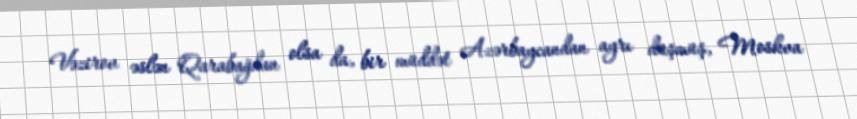
Vəzirov əslən Qarabağdan olsa da, bir müddət Azərbaycandan ayrı düşmüş, Moskva